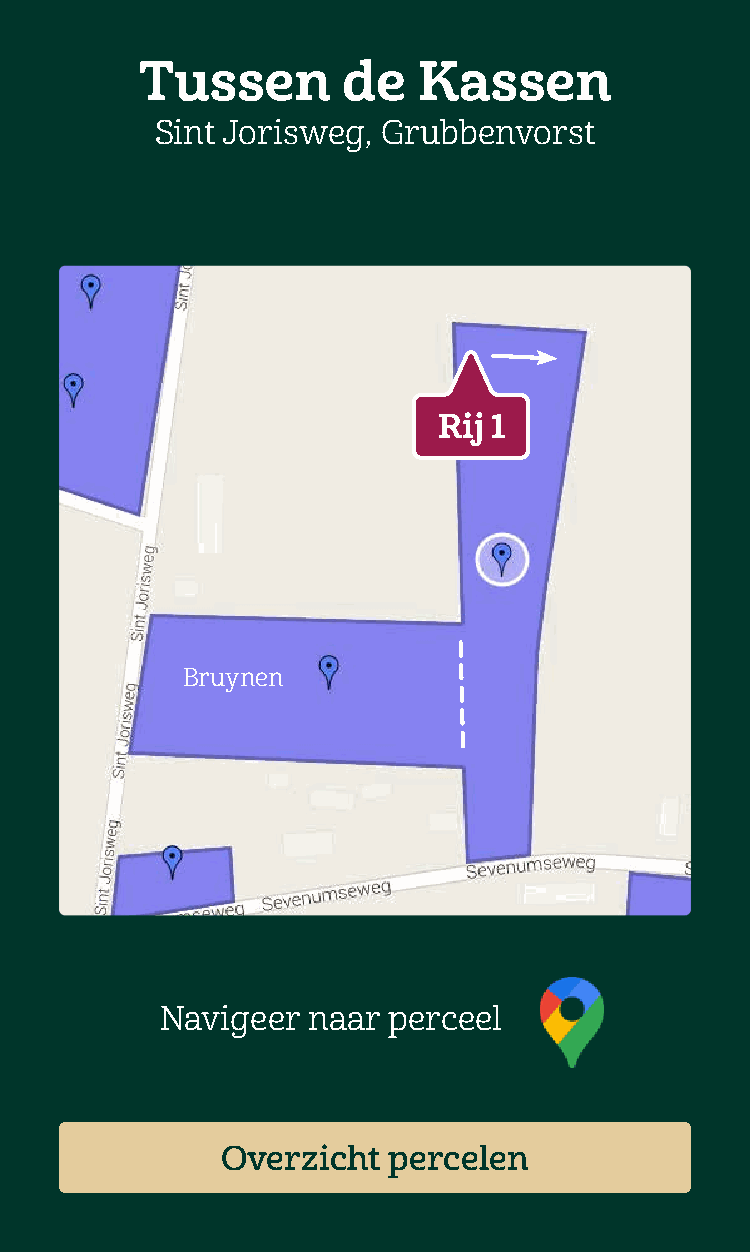
Tussen        de   Kassen
 Sint Jorisweg, Grubbenvorst
 Rij 1
 Bruynen
 Navigeer naar  perceel
 Overzicht  percelen